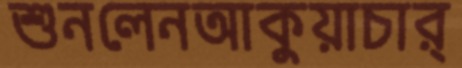
শুনলেনআকুয়াচার্